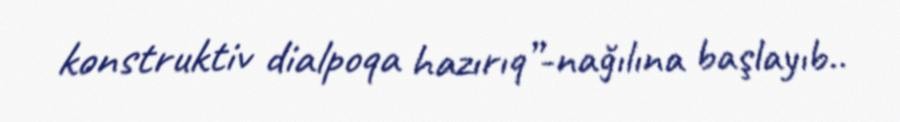
konstruktiv dialpoqa hazırıq”-nağılına başlayıb..